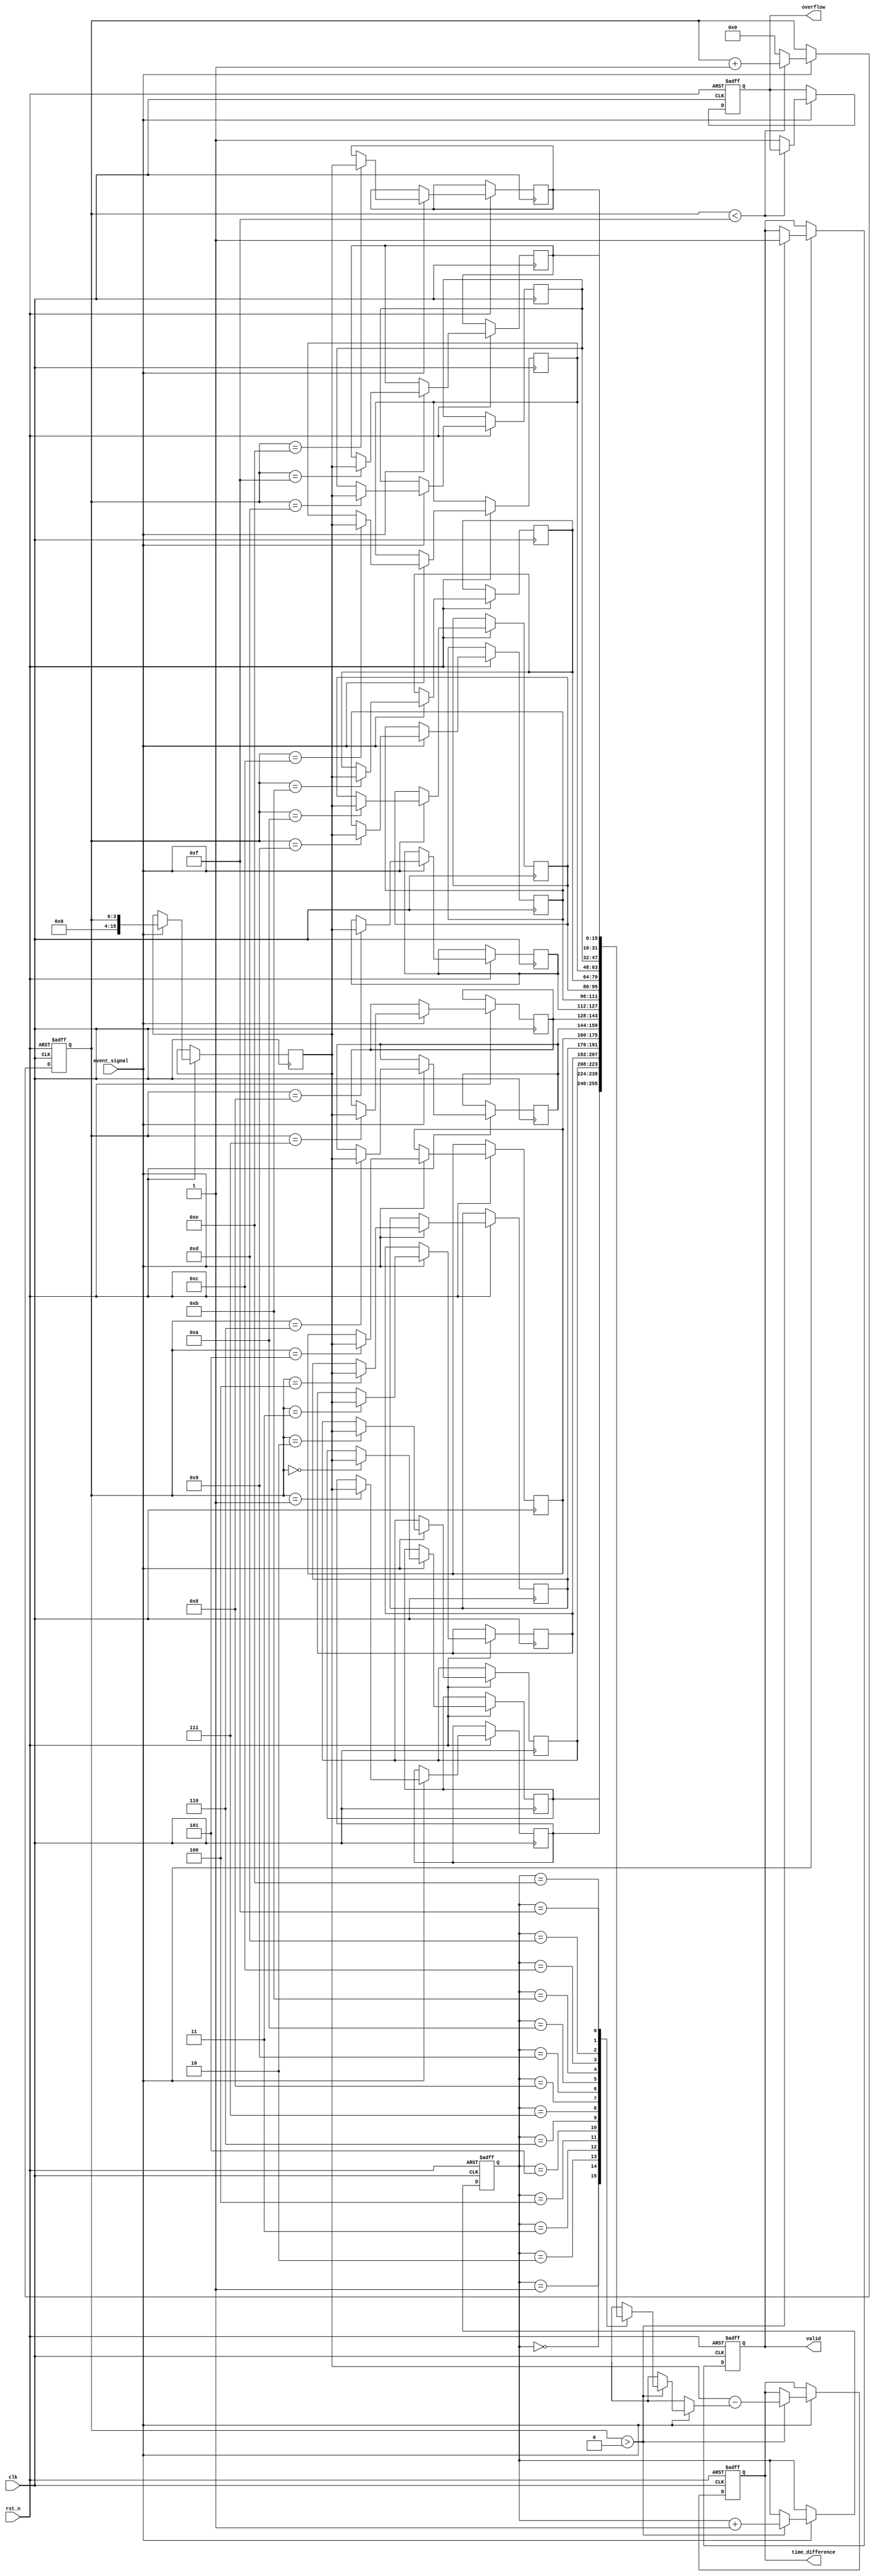
module TDC (
    input wire clk,                     // Main clock input
    input wire rst_n,                   // Active low reset
    input wire event_signal,            // Input signal for event detection
    output reg [15:0] time_difference,  // Output time difference
    output reg valid,                   // Indicates valid time difference
    output reg overflow                  // Overflow flag
);

    // Parameters for timestamp memory size
    parameter MEM_SIZE = 16;            // Size of timestamp memory
    reg [15:0] timestamp_memory [0:MEM_SIZE-1]; // Timestamp memory
    reg [3:0] write_ptr;                 // Write pointer for memory
    reg [3:0] read_ptr;                  // Read pointer for memory
    reg [15:0] last_timestamp;           // Last recorded timestamp
    reg [15:0] current_timestamp;        // Current timestamp

    // Event detection and timestamping logic
    always @(posedge clk or negedge rst_n) begin
        if (!rst_n) begin
            write_ptr <= 0;
            read_ptr <= 0;
            valid <= 0;
            overflow <= 0;
            last_timestamp <= 0;
            time_difference <= 0;
        end else if (event_signal) begin
            // Capture current timestamp (for simplification we use a simple counter)
            current_timestamp <= write_ptr; // Use write_ptr as a timestamp (for demo purposes)
            timestamp_memory[write_ptr] <= current_timestamp;

            // Move write pointer
            if (write_ptr < MEM_SIZE - 1) begin
                write_ptr <= write_ptr + 1;
            end else begin
                write_ptr <= 0; // Wrap around
                overflow <= 1;  // Indicate overflow
            end
            
            // Calculate time difference if two timestamps are available
            if (write_ptr > 0) begin
                time_difference <= current_timestamp - timestamp_memory[read_ptr];
                valid <= 1; // Indicate valid time difference
                read_ptr <= read_ptr + 1; // Move read pointer
            end
        end
    end

endmodule